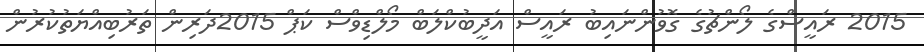
2015 ރައީސްގެ ލޯންޗުގެ ގޮވުންނައިބު ރައީސް އަދީބުކްލަބް މޯލްޑިވްސް ކަޕް 2015ދަރިން ތަރުބިއްޔަތުކުރުން